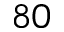
8 0